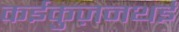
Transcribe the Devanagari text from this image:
कईकुज़नथई